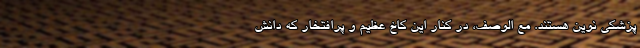
پزشکی نوین هستند. مع الوصف، در کنار این کاخ عظیم و پرافتخار که دانش